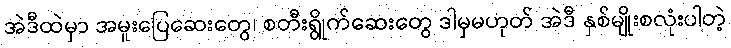
အဲဒီထဲမှာ အမူးပြေဆေးတွေ၊ စတီးရွိုက်ဆေးတွေ ဒါမှမဟုတ် အဲဒီ နှစ်မျိုးစလုံးပါတဲ့